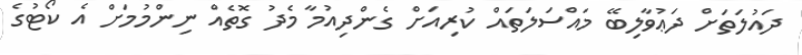
ދައުލަތަށް ދަޢުވާލިބޭ މައްސަލަތައް ކުރިއަށް ގެންދިއުމާ މެދު ގޮތެއް ނިންމުމަށް އެ ކޯޓުގެ